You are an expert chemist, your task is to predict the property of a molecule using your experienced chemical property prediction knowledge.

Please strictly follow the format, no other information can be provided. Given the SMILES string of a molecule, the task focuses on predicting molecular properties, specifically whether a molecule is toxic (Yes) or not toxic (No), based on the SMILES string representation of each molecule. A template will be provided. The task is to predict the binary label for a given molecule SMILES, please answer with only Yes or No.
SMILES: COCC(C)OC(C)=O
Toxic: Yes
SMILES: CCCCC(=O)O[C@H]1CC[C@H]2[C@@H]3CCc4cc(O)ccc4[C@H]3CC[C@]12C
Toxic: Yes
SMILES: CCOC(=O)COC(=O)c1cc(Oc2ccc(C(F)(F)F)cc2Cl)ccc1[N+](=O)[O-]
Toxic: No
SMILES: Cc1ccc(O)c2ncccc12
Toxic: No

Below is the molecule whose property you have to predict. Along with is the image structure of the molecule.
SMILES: Cc1ccc(O)c(-n2nc3ccccc3n2)c1
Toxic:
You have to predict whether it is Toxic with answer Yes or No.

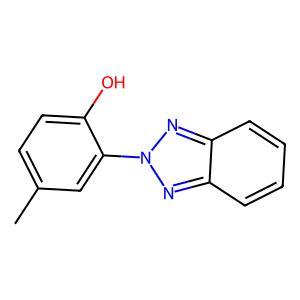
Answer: No